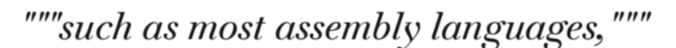
"""such as most assembly languages,"""